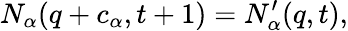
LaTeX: N_{\alpha}({q}+{c}_{\alpha},t+1)=N_{\alpha}^{\prime}({q},t),